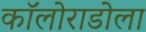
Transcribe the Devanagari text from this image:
कॉलोराडोला